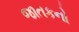
જાતકનો